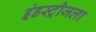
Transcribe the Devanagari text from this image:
इंडस्ट्रीजला